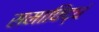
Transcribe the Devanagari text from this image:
समाविद्धं